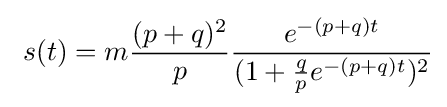
\ s(t)=m{\frac {(p+q)^{2}}{p}}{\frac {e^{-(p+q)t}}{(1+{\frac {q}{p}}e^{-(p+q)t})^{2}}}